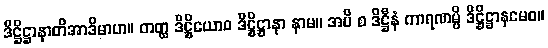
ဒိဋ္ဌိဋ္ဌာနာတိအာဒိမာဟ။ တတ္ထ ဒိဋ္ဌိယောဝ ဒိဋ္ဌိဋ္ဌာနာ နာမ။ အပိ စ ဒိဋ္ဌီနံ ကာရဏမ္ပိ ဒိဋ္ဌိဋ္ဌာနမေဝ။